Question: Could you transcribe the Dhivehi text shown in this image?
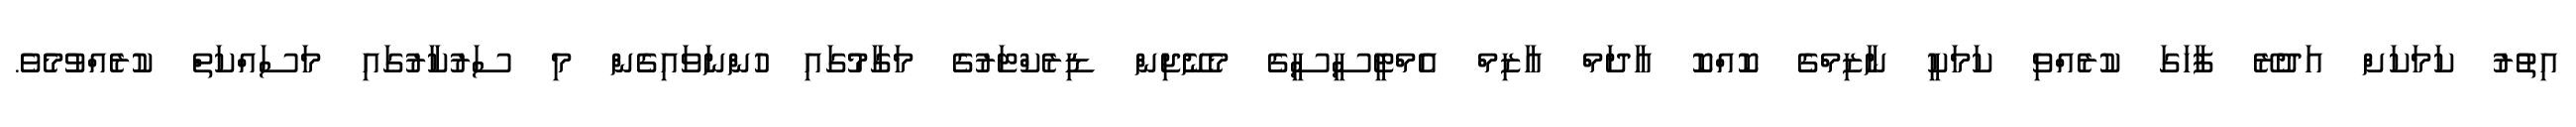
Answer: އިތުރު ކަމަކަށް އަދުރޭ ފާހަގަ ކުރެއްވި ކަމަކީ ނާޒިމްގެ ކޮއްކޮ އާދަމް އާޒިމް އެމްޓީސީސީގެ މެނޭޖިން ޑިރެކްޓަރުގެ މަގާމުގައި ހުންނަވައިގެން މި ސަރުކާރުގައި މަސައްކަތް ކުރެއްވުމެވެ.